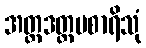
အတ္တဒတ္ထမစာရိသုံ